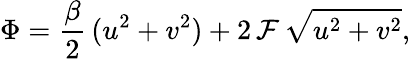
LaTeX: \Phi=\frac{\beta}{2}\, (u^{2}+v^{2})+2\, \mathcal{F}\, \sqrt{u^{2}+v^{2}},